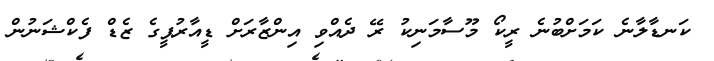
ކަނޑާލާނެ ކަމަށްބުނެ ރީކޯ މޫސާމަނިކު ރޭ ދެއްވި އިންޒާރަށް ޑީއާރުޕީގެ ޒެޑް ފެކްޝަނުން